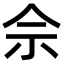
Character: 佘